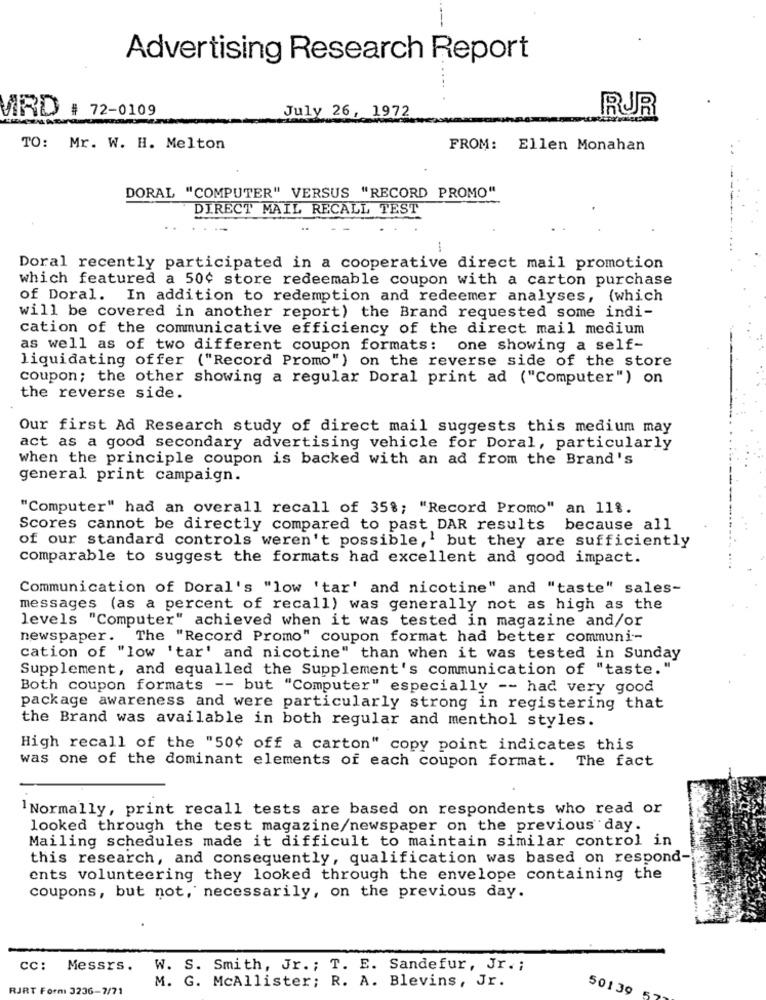
Advertising Research Report
...
MRD # 72-0109
July 26, 1972
RUR
TO: Mr. W. H. Melton
FROM: Ellen Monahan
DORAL "COMPUTER" VERSUS "RECORD PROMO"
DIRECT MAIL RECALL TEST
Doral recently participated in a cooperative direct mail promotion
which featured a 50¢ store redeemable coupon with a carton purchase
of Doral. In addition to redemption and redeemer analyses, {which
will be covered in another report) the Brand requested some indi-
cation of the communicative efficiency of the direct mail medium
as well as of two different coupon formats: one showing a self-
liquidating offer ("Record Promo") on the reverse side of the store
coupon; the other showing a regular Doral print ad ("Computer") on
the reverse side.
Our first Ad Research study of direct mail suggests this medium may
act as a good secondary advertising vehicle for Doral, particularly
when the principle coupon is backed with an ad from the Brand's
general print campaign.
"Computer" had an overall recall of 35%; "Record Promo" an 11%.
Scores cannot be directly compared to past DAR results because all
of our standard controls weren't possible,' but they are sufficiently
comparable to suggest the formats had excellent and good impact.
Communication of Doral's "low 'tar' and nicotine" and "taste" sales-
messages (as a percent of recall) was generally not as high as the
levels "Computer" achieved when it was tested in magazine and/or
newspaper. The "Record Promo" coupon format had better communi --
cation of "low 'tar' and nicotine" than when it was tested in Sunday
Supplement, and equalled the Supplement's communication of "taste."
Both coupon formats -- but "Computer" especially -- had very good
package awareness and were particularly strong in registering that
the Brand was available in both regular and menthol styles.
High recall of the "50¢ off a carton" copy point indicates this
was one of the dominant elements of each coupon format. The fact
' Normally, print recall tests are based on respondents who read or
looked through the test magazine/newspaper on the previous day.
Mailing schedules made it difficult to maintain similar control in
this research, and consequently, qualification was based on respond-
ents volunteering they looked through the envelope containing the
coupons, but not, necessarily, on the previous day.
CC: Messrs.
W. S. Smith, Jr. ; T. E. Sandefur, Jr .;
M. G. McAllister; R. A. Blevins, Jr.
RJRT Formi 3236-7/71
50139